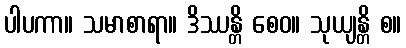
ပါပကာ။ သမာစာရာ။ ဒိဿန္တိ စေဝ။ သုယျန္တိ စ။